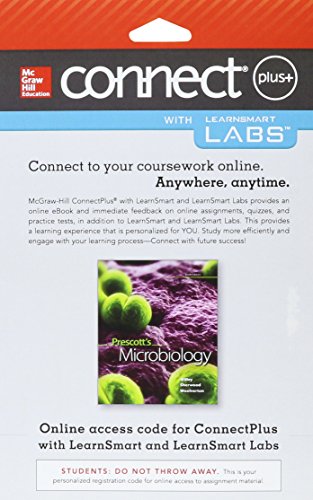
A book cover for Connect and LearnSmart Labs Access Card for Prescott's Microbiology; Joanne Willey; Medical Books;